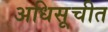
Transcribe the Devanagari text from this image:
अधिसूचीत